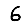
Digit: 6